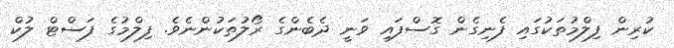
ކުރިން ފިލްމުތަކުގައި ފެނިގެން ގޮސްފައި ވަނީ ދެބެންގެ ރޯލުތަކުންނެވެ. ފިލްމުގެ ފަސްޓް ލުކް